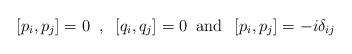
LaTeX: \begin{align*}\left[p_i , p_j \right] = 0 \; \; , \; \; \left[ q_i , q_j \right] = 0 \; \;\hbox{and} \; \; \left[ p_i, p_j \right] = -i \delta_{ij}\end{align*}